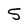
Character: 5